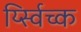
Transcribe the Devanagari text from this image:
र्य्स्विच्क